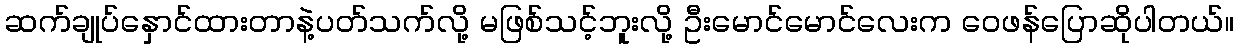
ဆက်ချုပ်နှောင်ထားတာနဲ့ပတ်သက်လို့ မဖြစ်သင့်ဘူးလို့ ဦးမောင်မောင်လေးက ဝေဖန်ပြောဆိုပါတယ်။